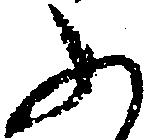
ふ